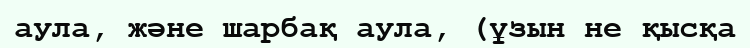
аула, және шарбақ аула, (ұзын не қысқа